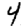
Digit: 4